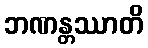
ဘဏန္တဿာတိ